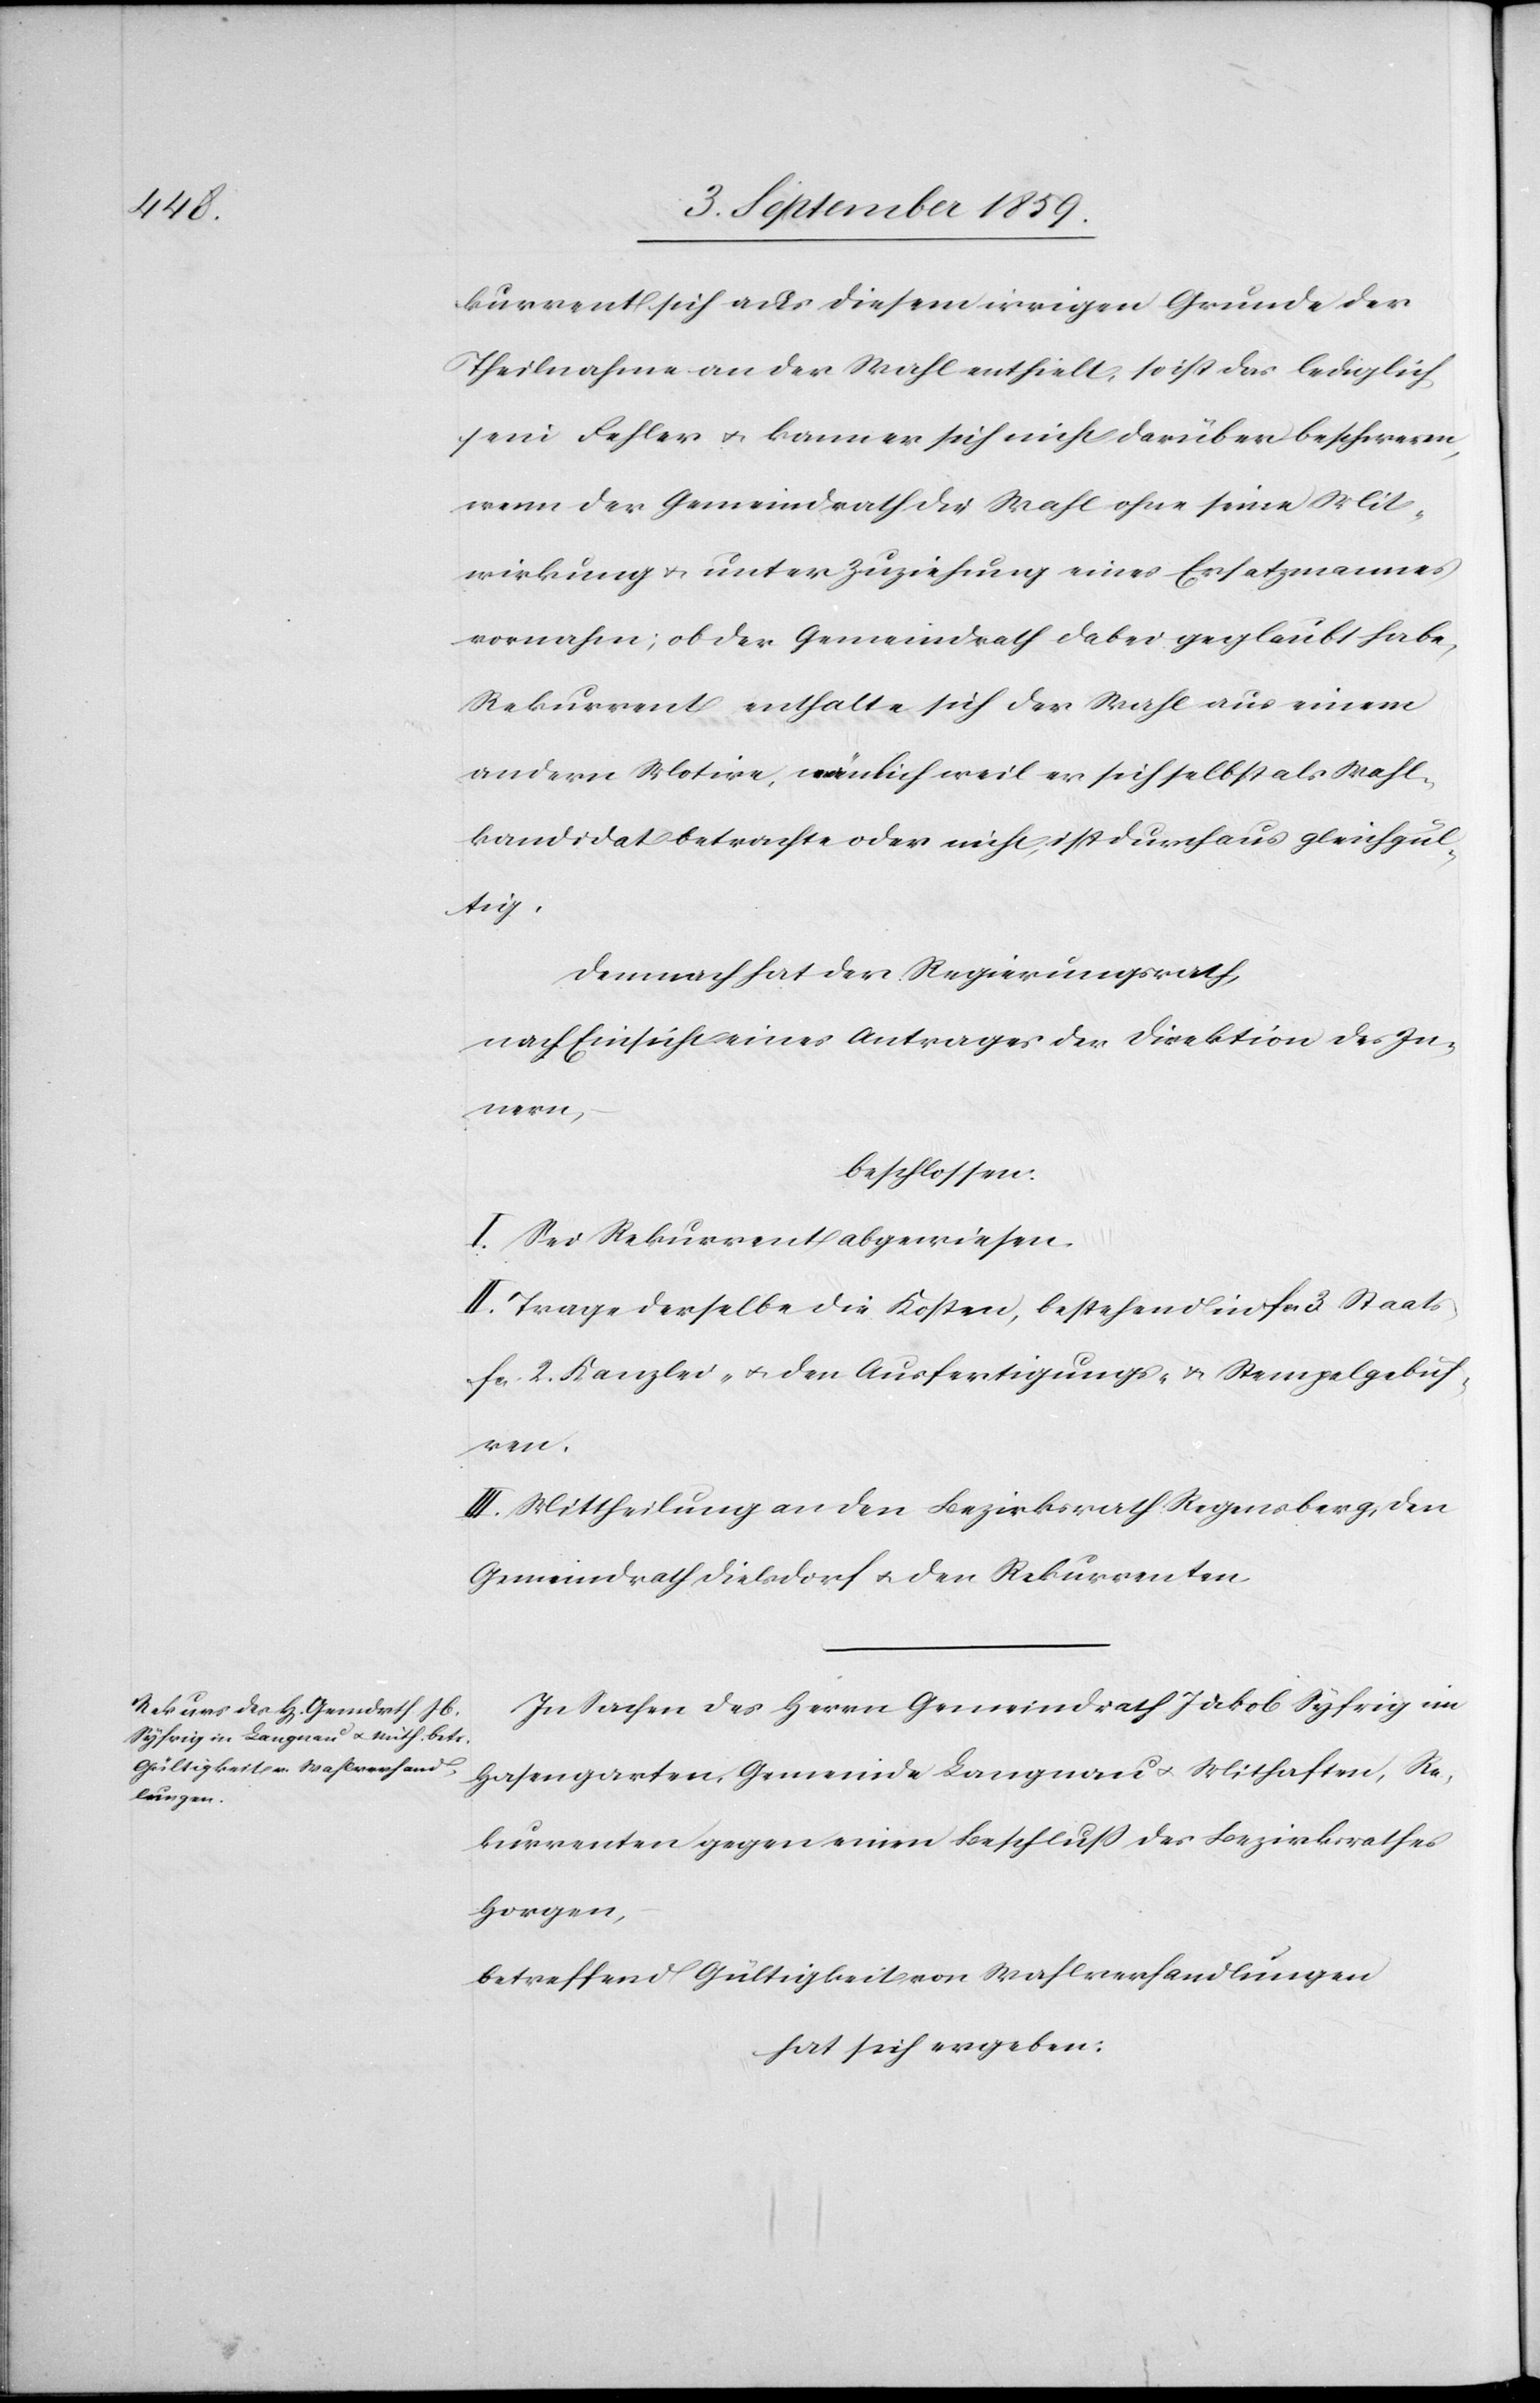
kurrent sich aus diesem irrigen Grunde der
Theilnahme an der Wahl enthielt, so ist das lediglich
sein Fehler & kann er sich nicht darüber beschweren,
wenn der Gemeindrath die Wahl ohne seine Mit¬
wirkung & unter Zuziehung eines Ersatzmannes
vornahm; ob der Gemeindrath dabei geglaubt habe,
Rekurrent enthalte sich der Wahl aus einem
andern Motive, nämlich weil er sich selbst als Wahl¬
kandidat betrachte oder nicht, ist durchaus gleichgül¬
tig.
Demnach hat der Regierungsrath,
nach Einsicht eines Antrages der Direktion des In¬
nern,
beschlossen:
I. Sei Rekurrent abgewiesen.
II. Trage derselbe die Kosten, bestehend in fcs. 3 Staats-
fcs. 2. Kanzlei- & den Ausfertigungs- & Stempelgebüh¬
ren.
III. Mittheilung an den Bezirksrath Regensberg, den
Gemeindrath Dielsdorf & den Rekurrenten.
In Sachen des Herrn Gemeindrath Jakob Syfrig im
Hasengarten Gemeinde Langnau & Mithaften, Re¬
kurrenten gegen einen Beschluß des Bezirksrathes
Horgen,
betreffend Gültigkeit von Wahlverhandlungen
hat sich ergeben: